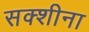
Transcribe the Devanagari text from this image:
सक्शीना